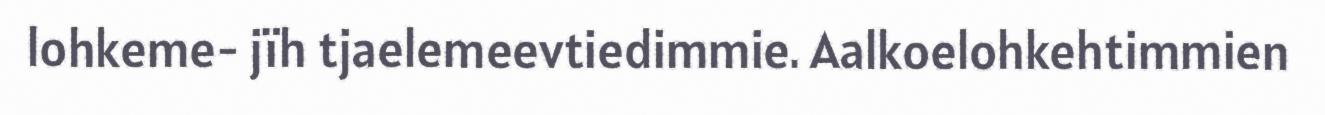
lohkeme- jïh tjaelemeevtiedimmie. Aalkoelohkehtimmien